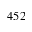
4 5 2